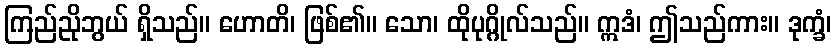
ကြည်ညိုဘွယ် ရှိသည်။ ဟောတိ၊ ဖြစ်၏။ သော၊ ထိုပုဂ္ဂိုလ်သည်။ ဣဒံ၊ ဤသည်ကား။ ဒုက္ခံ၊